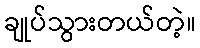
ချုပ်သွားတယ်တဲ့။